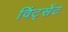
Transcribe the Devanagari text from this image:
विंट्सेंट